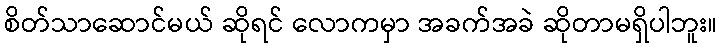
စိတ်သာဆောင်မယ် ဆိုရင် လောကမှာ အခက်အခဲ ဆိုတာမရှိပါဘူး။